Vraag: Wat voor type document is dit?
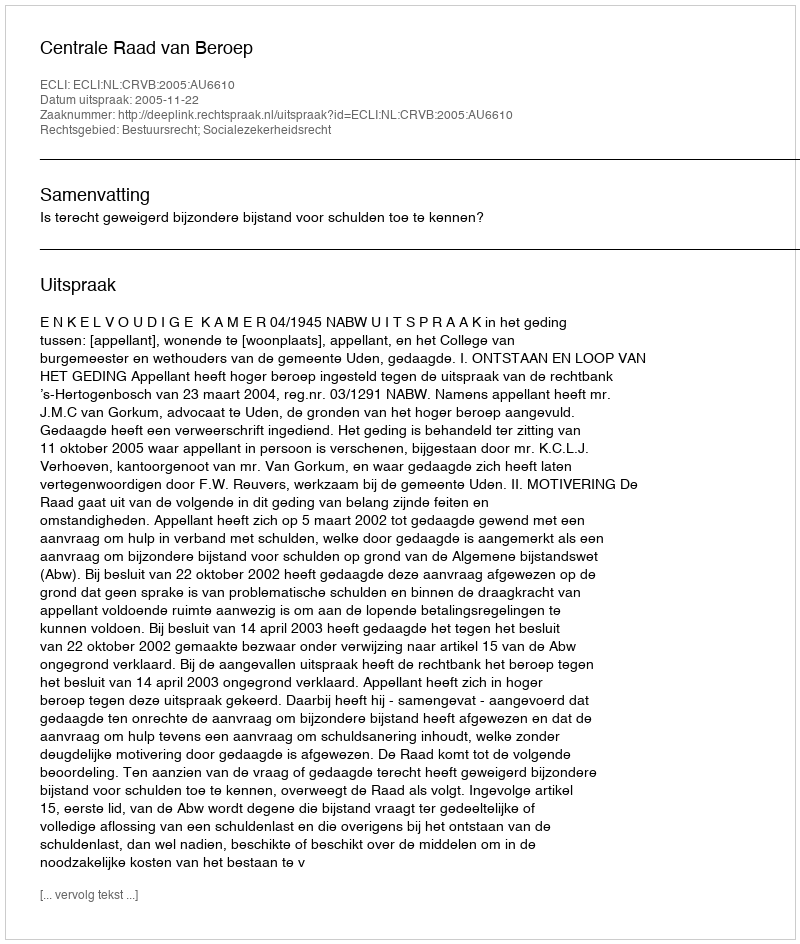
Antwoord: Uitspraak